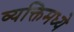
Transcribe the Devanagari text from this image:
व्यक्तिमध्ये